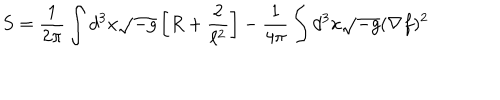
S = \frac { 1 } { 2 \pi } \int d ^ { 3 } x \sqrt { - g } \left[ R + \frac { 2 } { \ell ^ { 2 } } \right] - \frac { 1 } { 4 \pi } \int d ^ { 3 } x \sqrt { - g } ( \nabla f ) ^ { 2 }